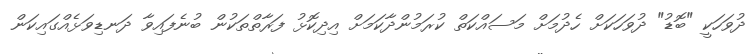
ދުވަހަކީ "ބޮޑު" ދުވަހަކަށް ހެދުމަށް މަސައްކަތް ކުރަމުންދާކަމަށް އިދިކޮޅު ފަރާތްތަކުން ބުނެފައިވާ ދަނޑިވަޅެއްގައިކަން